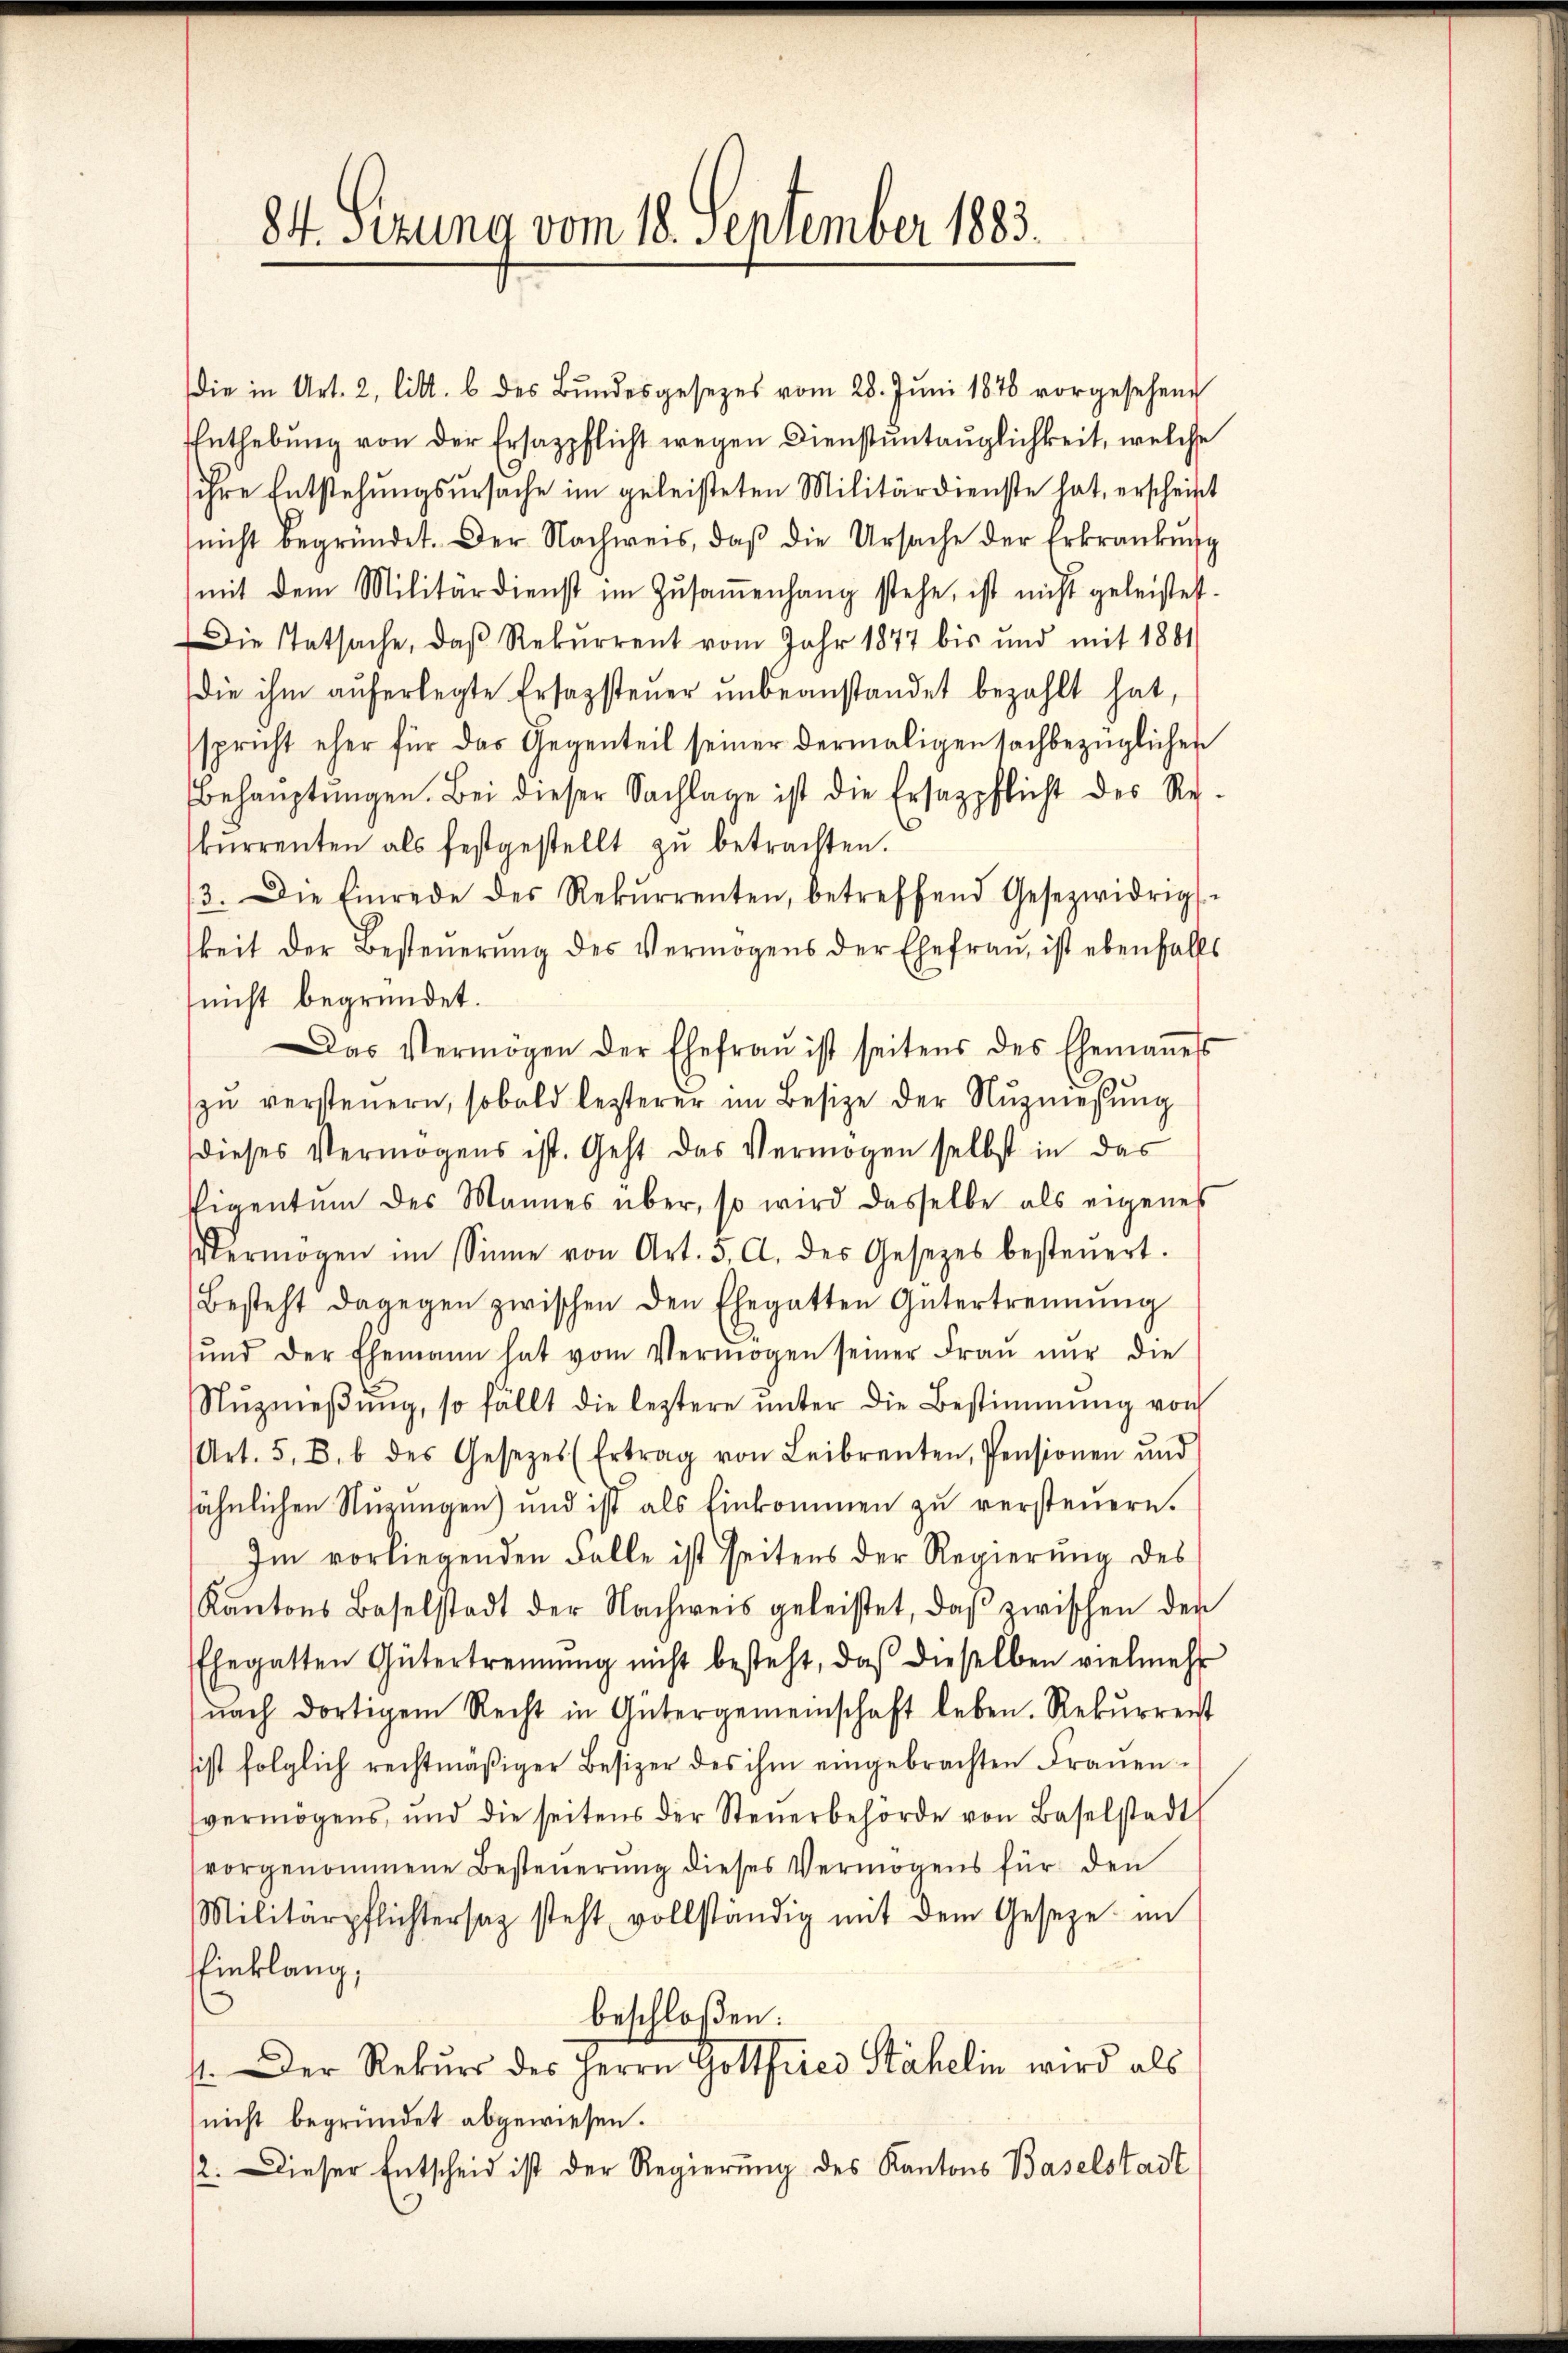
84. Sizung vom 18. September 1883.

die in Art. 2, litt. b des Bŭndesgesetzes vom 28. Jŭni 1876 vorgesehend
Enthebung von der Ersatzpflicht wegen Dienstuntauglichkeit, welche
ihre Entstehungsursache im geleisteten Militärdienste hat, erscheint
nicht begründet. Der Nachweis, daβ die Ursache der Erkrankŭng
mit dem Militärdienst im Zŭsaṁenhang stehe, ist nicht geleistet.
Die Tatsache, daß Rekurrent vom Jahr 1877 bis und mit 1881
die ihm aŭferlegte Ersazsteŭer ŭnbeanstandet bezahlt hat,
spricht eher für das Gegenteil seiner dermaligen sachbezüglichen
Behauptungen. Bei dieser Sachlage ist die Ersazpflicht des Re-
kŭrrenten als festgestellt zŭ betrachten.
3. Die Einrede des Rekurrenten, betreffend Gesezwidrigs-
keit der Besteŭerŭng des Vermögens der Ehefraŭ, ist ebenfalls
nicht begründet.
Das Vermögen der Ehefrau ist seitens des Ehemaṅess
zŭ versteŭern, sobald lezterer im Besize der Nŭzmesŭng
dieses Vermögens ist. Geht das Vermögen selbst in das
Eigentum des Mannes über, so wird dasselbe als eigenes
Vermögen im Sinne von Art. 5. A. der Gesetzes besteŭert.
Besteht dagegen zwischen den Ehegatten Gütertrennung
ŭnd der Ehemann hat vom Vermögen seiner Fraŭ nŭr die
Nŭzmeβŭng, so fällt die leztere ŭnter die Bestimmung von
Art. 5. B. b des Gesetzes (Ertrag von Leibrenten, Pensionen und
sähnlichen Stuzungen) und ist als Einkommen zu versteuern.
Im vorliegenden Falle ist seitens der Regierung des
Kantons Baselstadt der Nachweis geleistet, daβ zwischen der
Ehegatten Gütertrennung nicht besteht, daβ dieselben vielmehr
nach dortigem Recht in Gütergemeinschaft leben. Rekŭrrent
sist folglich rechtmäßiger Besizer des ihm eingebrachten Fraŭen-
vermögens, und die seitens der Steŭerbehörde von Baselstadt
vorgenommene Besteŭerŭng dieses Vermögens für den
Militärpflichtersag steht vollständig mit dem Geseze im
Einklang,
beschloßen:
11. Der Rekurs des Herrn Gottfried Stähelin wird als
(nicht begründet abgewiesen.
12. Dieser Entscheid ist der Regierung des Kantons Baselstadt